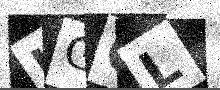
Text: KGCL